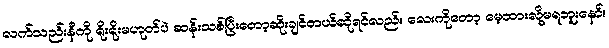
လက်သည်းနီကို ရိုးရိုးမဟုတ်ပဲ ဆန်းသစ်ပြီးတော့ဆိုးချင်တယ်ဆိုရင်လည်း လေးကိုတော့ မေ့ထားလို့မရဘူးနော်။